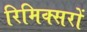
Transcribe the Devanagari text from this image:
रिमिक्सरों